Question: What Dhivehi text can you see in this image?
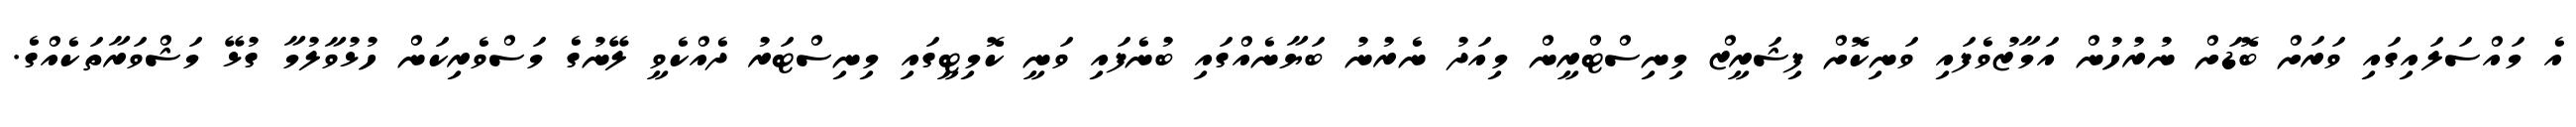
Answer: އެ މައްސަލައިގައި ވަރަށް ބޮޑަށް ނުރުހުން އަމާޒުވެފައި ވަނިކޮށް ފިޝަރީޒް މިނިސްޓްރީން މިއަދު ނެރުނު ބަޔާނެއްގައި ބުނެފައި ވަނީ ކޮމިޓީގައި މިނިސްޓަރު ދެއްކެވީ ލޭނުގެ މަސްވެރިކަން ހުޅުވާލުމާ ގުޅޭ މަޝްވަރާތަކެއްގެ.